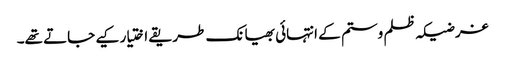
غرضیکہ ظلم وستم کے انتہائی بھیانک طریقے اختیار کیے جاتے تھے۔